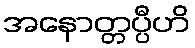
အနောတ္တပ္ပီဟိ